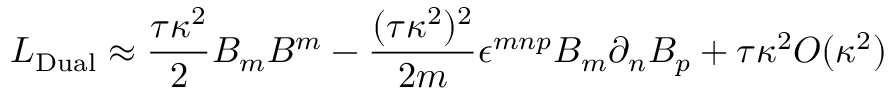
{ \cal L } _ { \mathrm { D u a l } } \approx \frac { \tau \kappa ^ { 2 } } { 2 } B _ { m } B ^ { m } - \frac { ( \tau \kappa ^ { 2 } ) ^ { 2 } } { 2 m } \epsilon ^ { m n p } B _ { m } \partial _ { n } B _ { p } + \tau \kappa ^ { 2 } O ( \kappa ^ { 2 } )